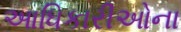
આધિકારીઓના